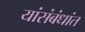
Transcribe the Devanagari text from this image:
यांसंबंधांत